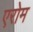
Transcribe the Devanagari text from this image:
एरोम